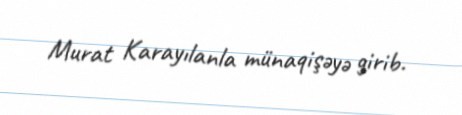
Murat Karayılanla münaqişəyə girib.